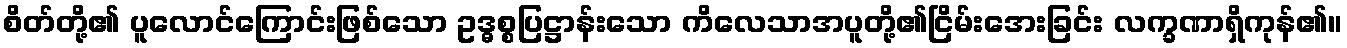
စိတ်တို့၏ ပူလောင်ကြောင်းဖြစ်သော ဥဒ္ဓစ္စပြဋ္ဌာန်းသော ကိလေသာအပူတို့၏ငြိမ်းအေးခြင်း လက္ခဏာရှိကုန်၏။